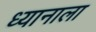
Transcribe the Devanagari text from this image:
ध्यानाला